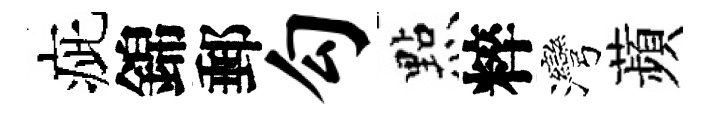
疵錦郵勾㸃粹灣蘋